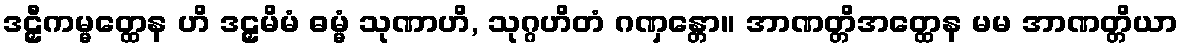
ဒဠှီကမ္မတ္ထေန ဟိ ဒဠှမိမံ ဓမ္မံ သုဏာဟိ, သုဂ္ဂဟိတံ ဂဏှန္တော။ အာဏတ္တိအတ္ထေန မမ အာဏတ္တိယာ